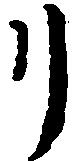
リ